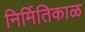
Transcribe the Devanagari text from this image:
निर्मितिकाळ